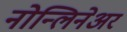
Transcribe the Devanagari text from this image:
नोन्लिनेअर